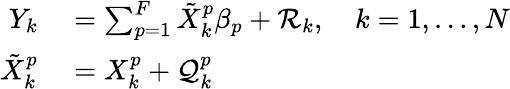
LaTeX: \begin{array}{rl}{Y_{k}}&{{}=\sum_{p=1}^{F}\tilde{X}_{k}^{p}\beta_{p}+\mathcal{R}_{k},\quad k=1,\ldots,N}\\ {\tilde{X}_{k}^{p}}&{{}={X}_{k}^{p}+\mathcal{Q}_{k}^{p}}\end{array}